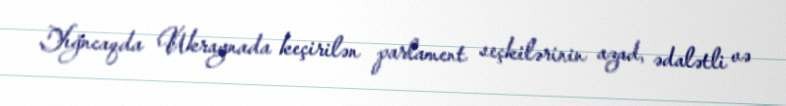
Yığncaqda Ukraynada keçirilən parlament seçkilərinin azad, ədalətli və